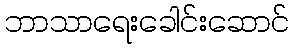
ဘာသာရေးခေါင်းဆောင်